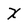
Character: X